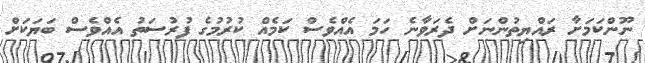
ނޫންކަމަށާ ރައްޔިތުންނަށް ދެރަވާނެ ހަމަ އެއްވެސް ކަމެއް ކުރުމުގެ ފުރުސަތު އެއްވެސް ބަޔަކަށް